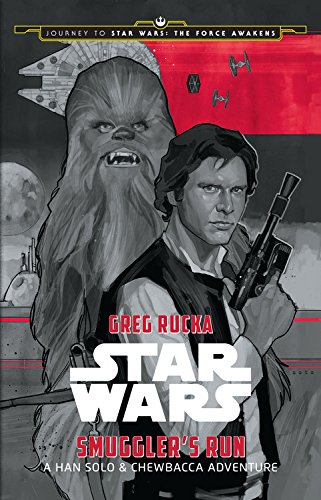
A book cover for Journey to Star Wars: The Force Awakens Smuggler's Run: A Han Solo Adventure (Star Wars: Journey to Star Wars: the Force Awakens); Greg Rucka; Children's Books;